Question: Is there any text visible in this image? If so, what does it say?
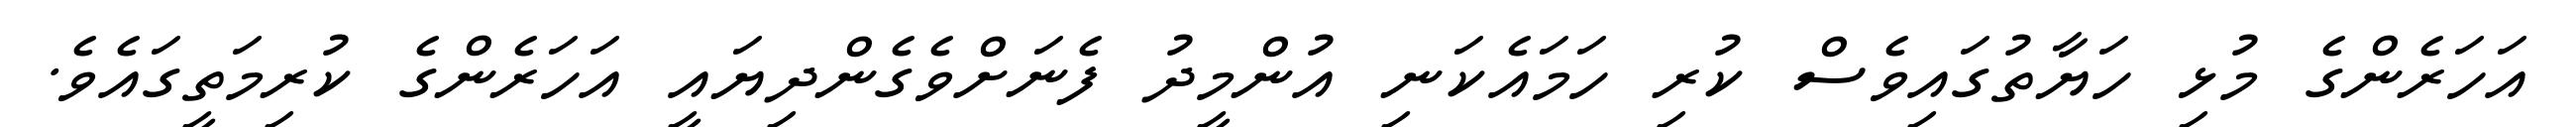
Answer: އަހަރެންގެ މުޅި ހަޔާތުގައިވެސް ކުރި ހަމައެކަނި އުންމީދު ފެނަށްވެގެންދިޔައީ އަހަރެންގެ ކުރިމަތީގައެވެ.